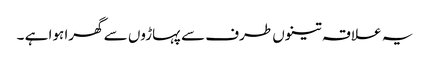
یہ علاقہ تینوں طرف سے پہاڑوں سے گھرا ہوا ہے ۔